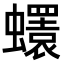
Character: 𧔘